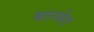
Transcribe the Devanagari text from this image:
बारमेरा